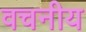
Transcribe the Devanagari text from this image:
वचनीय